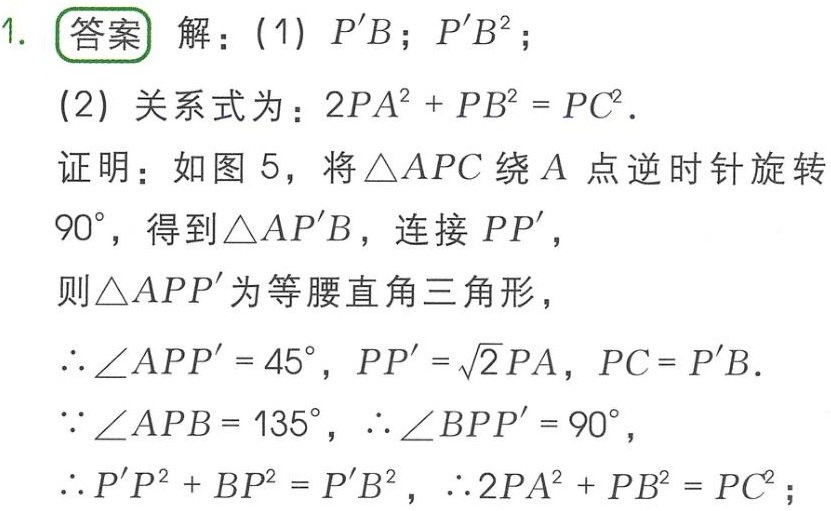
1. **答案** 解：(1) \(P'B\)；\(P'B^{2}\)；
(2) 关系式为：\(2PA^{2}+PB^{2}=PC^{2}\).
证明：如图5，将\(\triangle APC\)绕\(A\)点逆时针旋转\(90^{\circ}\)，得到\(\triangle AP'B\)，连接\(PP'\)，
则\(\triangle APP'\)为等腰直角三角形，
\(\therefore \angle APP' = 45^{\circ}\)，\(PP'=\sqrt{2}PA\)，\(PC = P'B\).
\(\because \angle APB = 135^{\circ}\)，\(\therefore \angle BPP' = 90^{\circ}\)，
\(\therefore P'P^{2}+BP^{2}=P'B^{2}\)，\(\therefore 2PA^{2}+PB^{2}=PC^{2}\)；